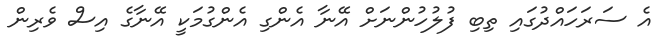
އެ ސަރަހައްދުގައި ތިބި ފުލުހުންނަށް އޭނާ އެންގި އެންގުމަކީ އޭނާގެ އިސް ވެރިން